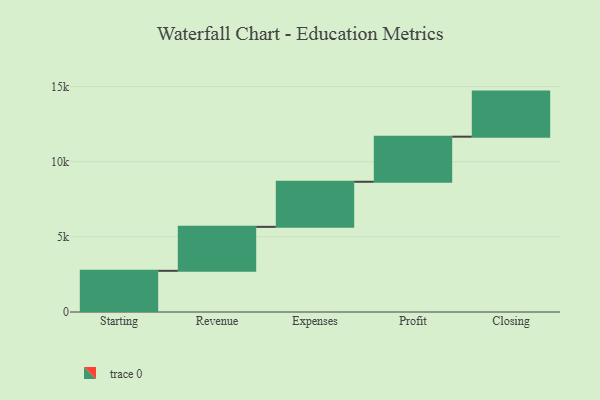
{"axis": {"x": "Step", "y": "Value"}, "legend": [""], "data": [{"x": "Starting", "y": 2741.0, "type": ""}, {"x": "Revenue", "y": 2925.0, "type": ""}, {"x": "Expenses", "y": 3000, "type": ""}, {"x": "Profit", "y": 3000, "type": ""}, {"x": "Closing", "y": 3000, "type": ""}]}